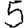
Digit: 5